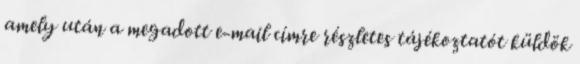
amely után a megadott e-mail címre részletes tájékoztatót küldök